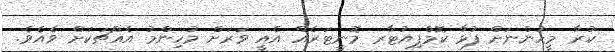
ކުރާ މީހުންނަށް ފުޅާ ކޮމްޕިއުޓާރ މޮނީޓަރެއް އެއީ ވަރަށް މުހިންމު އެއްޗަކަށް ވެއެވެ.